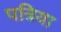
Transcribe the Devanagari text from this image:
पत्रिया